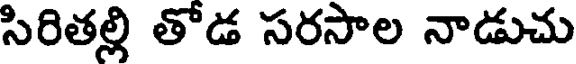
సిరితల్లి తోడ సరసాల నాడుచు